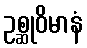
ဥစ္ဆုဝိမာနံ